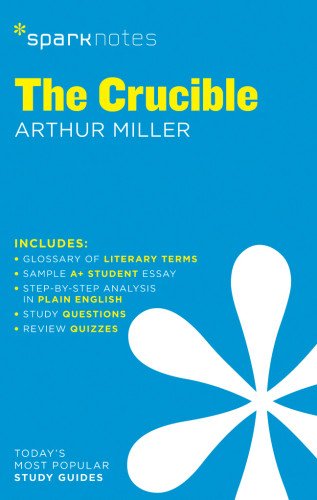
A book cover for The Crucible SparkNotes Literature Guide (SparkNotes Literature Guide Series); SparkNotes; Humor & Entertainment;